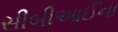
સીબીઆઈના